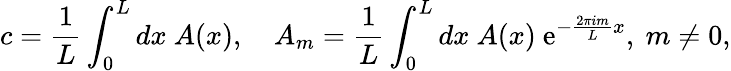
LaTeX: c=\frac{1}{L}\int_{0}^{L}dx\ A(x),\quad A_{m}=\frac{1}{L}\int_{0}^{L}dx\ A(x)\ \mathrm{e}^{-\frac{2\pi im}{L}x},\ m\neq 0,